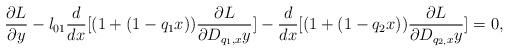
LaTeX: \begin{align*}\frac{\partial L}{\partial y}-l_{01}\frac{d}{dx}[(1+(1-q_{1}x))\frac{\partial L}{\partial D_{q_{1},x}y}]-\frac{d}{dx}[(1+(1-q_{2}x))\frac{\partial L}{\partial D_{q_{2,}x}y}]=0,\end{align*}